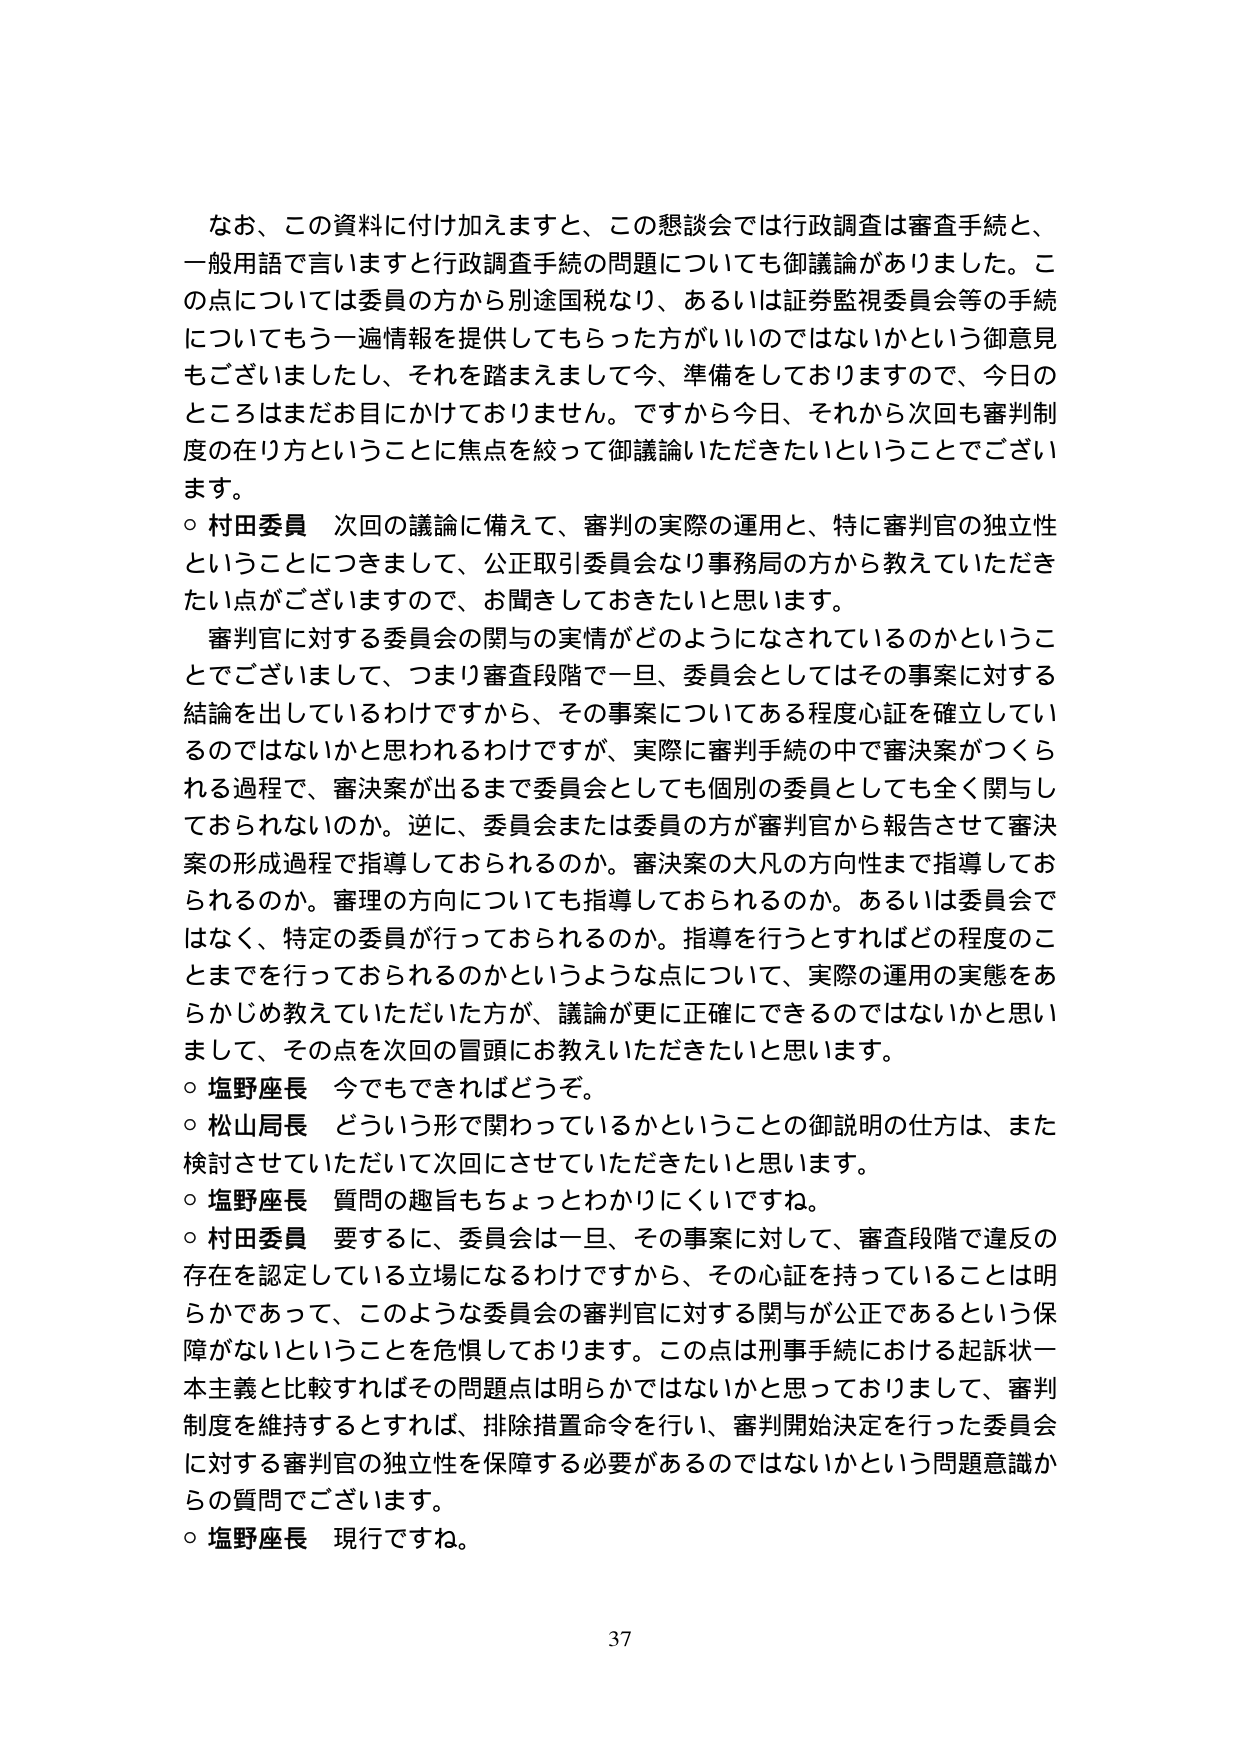
なお、この資料に付け加えますと、この懇談会では行政調査は審査手続と、
一般用語で言いますと行政調査手続の問題についても御議論がありました。こ
の点については委員の方から別途国税なり、あるいは証券監視委員会等の手続
についてもう一遍情報を提供してもらった方がいいのではないかという御意見
もございましたし、それを踏まえまして今、準備をしておりますので、今日の
ところはまだお目にはかけておりません。ですから今日、それから次回も審判制
度の在り方ということに焦点を絞って御議論いただきたいということでござい
ます。
○ 村田委員 次回の議論に備えて、審判の実際の運用と、特に審判官の独立性
ということにつきまして、公正取引委員会なり事務局の方から教えていただき
たい点がございますので、お聞きしておきたいと思います。
審判官に対する委員会の関与の実情がどのようになされているのかというこ
とでございまして、つまり審査段階で一旦、委員会としてはその事案に対する
結論を出しているわけですから、その事案についてある程度心証を確立してい
るのではないかと思われるわけですが、実際に審判手続の中で審決案がつくら
れる過程で、審決案が出るまで委員会としても個別の委員としても全く関与し
ておられないのか。逆に、委員会または委員の方が審判官から報告させて審決
案の形成過程で指導しておられるのか。審決案の大凡の方向性まで指導してお
られるのか。審理の方向についても指導しておられるのか。あるいは委員会で
はなく、特定の委員が行っておられるのか。指導を行うとすればどの程度のこ
とまでを行っておられるのかというような点について、実際の運用の実態をあ
らかじめ教えていただいた方が、議論が更に正確にできるのではないかと思い
まして、その点を次回の冒頭にお教えいただきたいと思います。
○ 塩野座長 今でもできればどうぞ。
○ 松山局長 どういう形で関わっているかということの御説明の仕方は、また
検討させていただいて次回にさせていただきたいと思います。
○ 塩野座長 質問の趣旨もちょっとわかりにくいですね。
○ 村田委員 要するに、委員会は一旦、その事案に対して、審査段階で違反の
存在を認定している立場になるわけですから、その心証を持っていることは明
らかであって、このような委員会の審判官に対する関与が公正であるという保
障がないということを危惧しております。この点は刑事手続における起訴状一
本主義と比較すればその問題点は明らかではないかと思っておりまして、審判
制度を維持するとすれば、排除措置命令を行い、審判開始決定を行った委員会
に対する審判官の独立性を保障する必要があるのではないかという問題意識か
らの質問でございます。
○ 塩野座長 現行ですね。
37